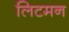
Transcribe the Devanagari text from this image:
लिटमन